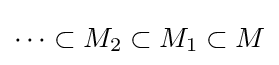
\cdots \subset M_{2}\subset M_{1}\subset M